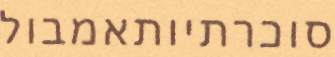
סוכרתיותאמבול